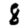
Digit: 8